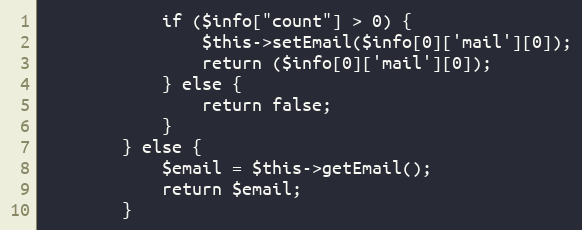
Language: PHP
            if ($info["count"] > 0) {
                $this->setEmail($info[0]['mail'][0]);
                return ($info[0]['mail'][0]);
            } else {
                return false;
            }
        } else {
            $email = $this->getEmail();
            return $email;
        }